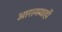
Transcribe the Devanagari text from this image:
आरामगाहों